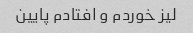
لیز خوردم و افتادم پایین